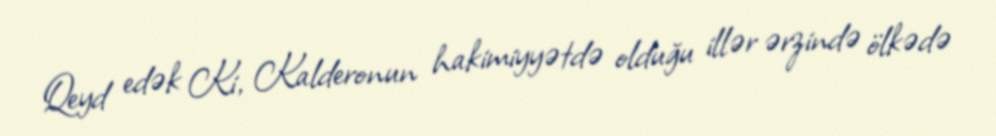
Qeyd edək Ki, Kalderonun hakimiyyətdə olduğu illər ərzində ölkədə